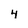
Character: 4